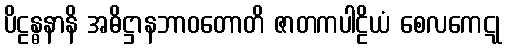
ပိဠန္ဓနာနိ အဓိဋ္ဌာနဘာဝတောတိ ဇာတကပါဠိယံ စေလကေဋု